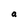
Character: a